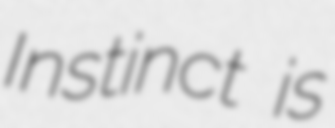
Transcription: Instinct is